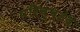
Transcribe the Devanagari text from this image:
परिच्च्हेद